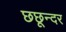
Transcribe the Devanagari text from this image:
छछून्दर